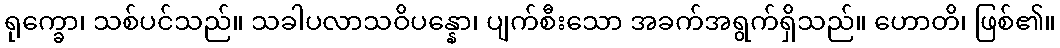
ရုက္ခော၊ သစ်ပင်သည်။ သခါပလာသဝိပန္နော၊ ပျက်စီးသော အခက်အရွက်ရှိသည်။ ဟောတိ၊ ဖြစ်၏။